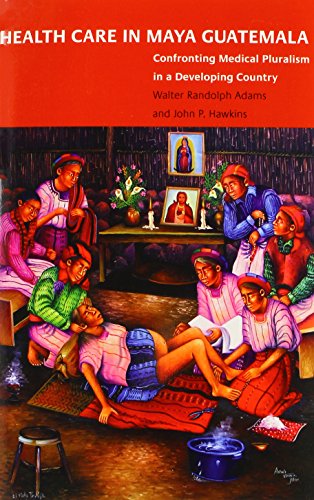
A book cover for Health Care in Maya Guatemala: Confronting Medical Pluralism in a Developing Country; John P. Hawkins; History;